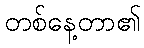
တစ်နေ့တာ၏